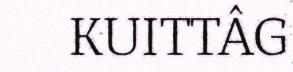
KUITTÂG